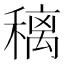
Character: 䅻